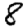
Digit: 8